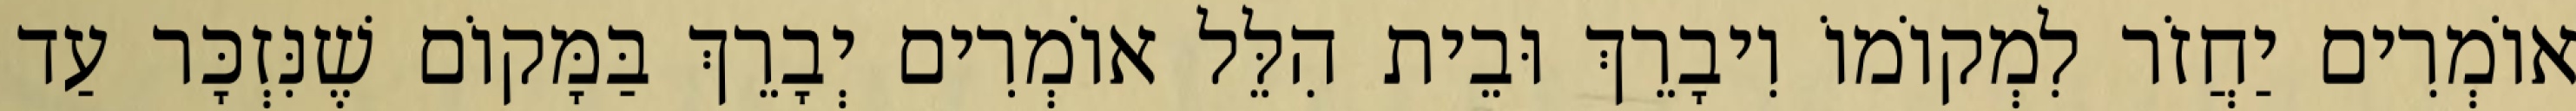
אוֹמְרִים יַחֲזֹר לִמְקוֹמוֹ וִיבָרֵךְ וּבֵית הִלֵּל אוֹמְרִים יְבָרֵךְ בַּמָּקוֹם שֶׁנִּזְכָּר עַד